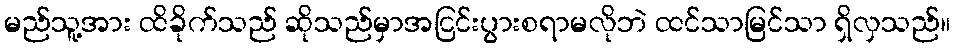
မည်သူ့အား ထိခိုက်သည် ဆိုသည်မှာအငြင်းပွားစရာမလိုဘဲ ထင်သာမြင်သာ ရှိလှသည်။